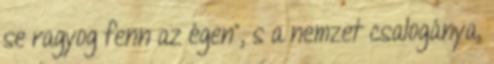
se ragyog fenn az égen", s a nemzet csalogánya,